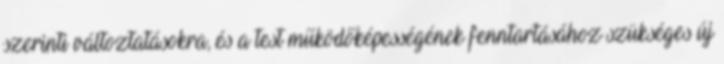
szerinti változtatásokra, és a test működőképességének fenntartásához szükséges új